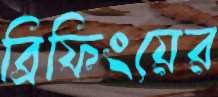
ব্রিফিংয়ের